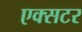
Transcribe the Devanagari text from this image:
एक्सटर